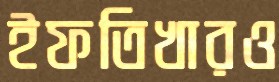
ইফতিখারও